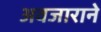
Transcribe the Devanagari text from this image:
अवजाराने